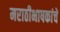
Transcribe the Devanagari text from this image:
मराठीभाषकांचे